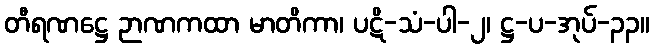
တီရဏဋ္ဌေ ဉာဏကထာ မာတိကာ၊ ပဋိ-သံ-ပါ-၂၊ ဋ္ဌ-ပ-အုပ်-၃၃။